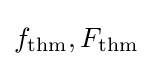
f_{\mathrm {thm} },F_{\mathrm {thm} }